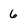
Character: 6